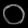
Digit: ၀